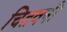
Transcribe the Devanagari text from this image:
चितवनी